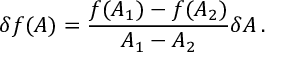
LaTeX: \delta f ( A ) = \frac { f ( A _ { 1 } ) - f ( A _ { 2 } ) } { A _ { 1 } - A _ { 2 } } \delta A \, .